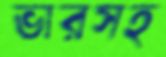
ভারসহ